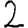
Digit: 2